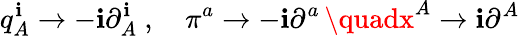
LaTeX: q_{A}^{\mathbf{i}}\rightarrow-\mathbf{i}\partial_{A}^{\mathbf{i}}\ ,\quad\pi^{a}\rightarrow-\mathbf{i}\partial^{a}\, \quadx^{A}\rightarrow\mathbf{i}\partial^{A}